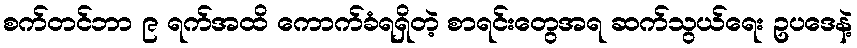
စက်တင်ဘာ ၉ ရက်အထိ ကောက်ခံရရှိတဲ့ စာရင်းတွေအရ ဆက်သွယ်ရေး ဥပဒေနဲ့